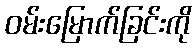
ဝမ်းမြောက်ခြင်းကို